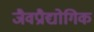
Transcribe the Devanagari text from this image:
जैवप्रौद्योगिक